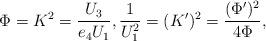
LaTeX: \begin{align*} \Phi = K^2 = \frac{U_3}{e_4U_1}, \frac1{U_1^2} = (K')^2 = \frac{(\Phi')^2}{4\Phi} ,\end{align*}